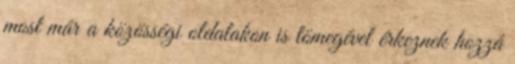
most már a közösségi oldalakon is tömegével érkeznek hozzá